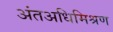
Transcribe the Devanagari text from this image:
अंतअधिमिश्रण